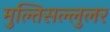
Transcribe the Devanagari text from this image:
मुल्तिसल्लुलर